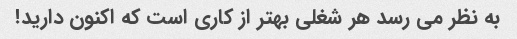
به نظر می رسد هر شغلی بهتر از کاری است که اکنون دارید!